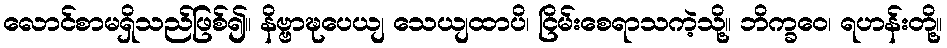
လောင်စာမရှိသည်ဖြစ်၍။ နိဗ္ဗာဍ္ဎပေယျ သေယျထာပိ၊ ငြိမ်းစေရာသကဲ့သို့။ ဘိက္ခဝေ၊ ရဟန်းတို့။